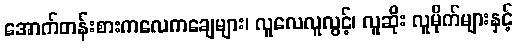
အောက်တန်းစားကလေကချေများ၊ လူလေလူလွင့်၊ လူဆိုး လူမိုက်များနှင့်